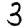
Digit: 3